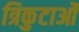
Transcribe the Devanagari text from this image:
त्रिकुटाओं